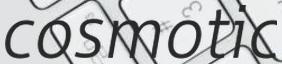
cosmotic